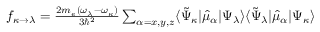
\begin{array} { r } { f _ { \kappa \rightarrow \lambda } = \frac { 2 m _ { e } ( \omega _ { \lambda } - \omega _ { \kappa } ) } { 3 \hbar ^ { 2 } } \sum _ { \alpha = x , y , z } \langle \tilde { \Psi } _ { \kappa } | \hat { \mu } _ { \alpha } | \Psi _ { \lambda } \rangle \langle \tilde { \Psi } _ { \lambda } | \hat { \mu } _ { \alpha } | \Psi _ { \kappa } \rangle } \end{array}